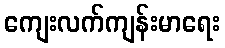
ကျေးလက်ကျန်းမာရေး